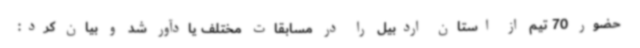
حضور 70 تیم از استان اردبیل را در مسابقات مختلف یادآور شد و بیان کرد: